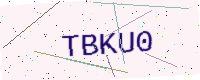
Text: TBKU0